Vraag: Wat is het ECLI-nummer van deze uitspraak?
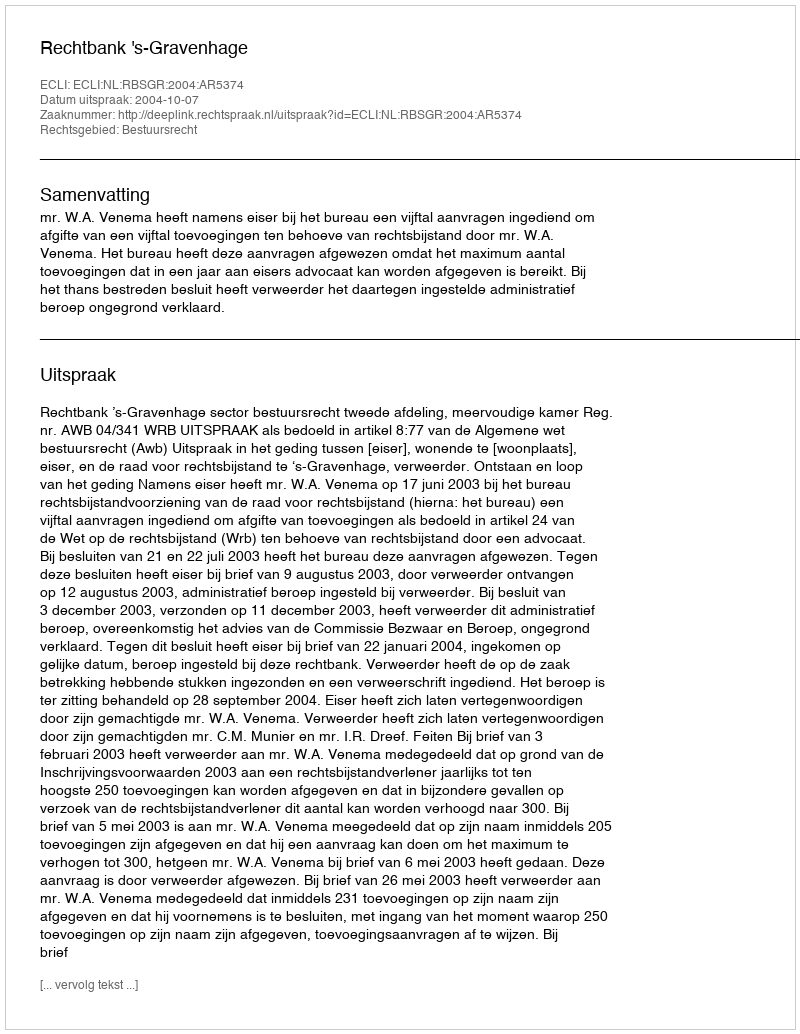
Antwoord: ECLI:NL:RBSGR:2004:AR5374